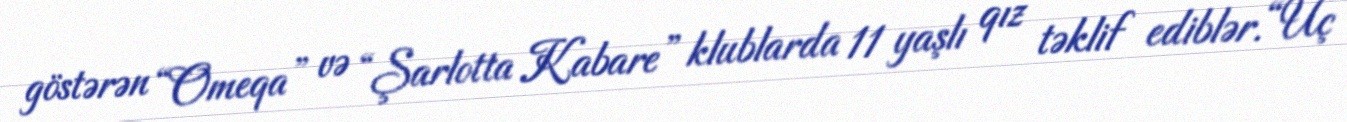
göstərən “Omeqa” və “Şarlotta Kabare” klublarda 11 yaşlı qız təklif ediblər.“Üç